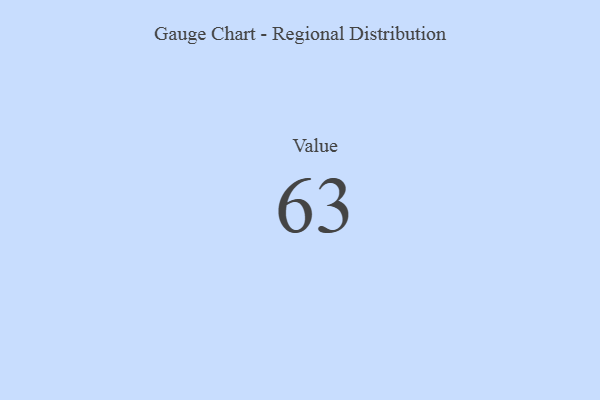
{"axis": {"x": "Metric", "y": "Value"}, "legend": [""], "data": [{"x": "Value", "y": 63, "type": ""}]}